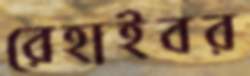
রেহাইবর